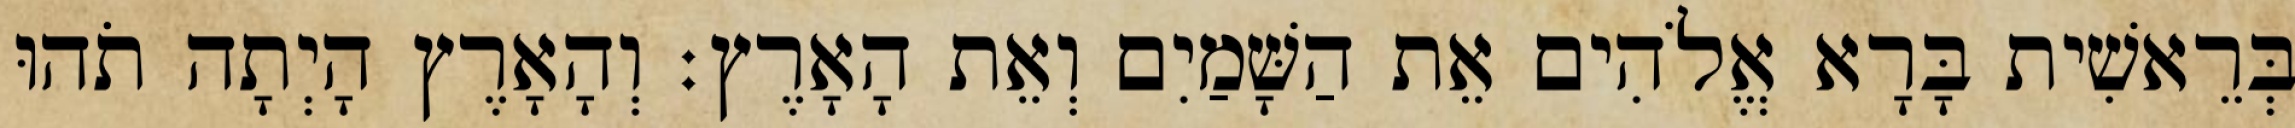
בְּרֵאשִׁית בָּרָא אֱלֹהִים אֵת הַשָּׁמַיִם וְאֵת הָאָרֶץ׃ וְהָאָרֶץ הָיְתָה תֹהוּ